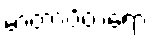
မာတာပိတရော